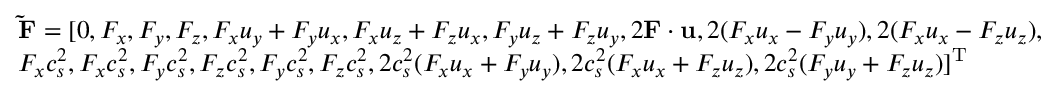
\begin{array} { l } { { \bf { \tilde { F } } } = [ 0 , { F _ { x } } , { F _ { y } } , { F _ { z } } , \mathrm { } { F _ { x } } { u _ { y } } + { F _ { y } } { u _ { x } } , { F _ { x } } { u _ { z } } + { F _ { z } } { u _ { x } } , { F _ { y } } { u _ { z } } + { F _ { z } } { u _ { y } } , 2 { \bf { F } } \cdot { \bf { u } } , 2 ( { F _ { x } } { u _ { x } } - { F _ { y } } { u _ { y } } ) , 2 ( { F _ { x } } { u _ { x } } - { F _ { z } } { u _ { z } } ) , } \\ { { F _ { x } } c _ { s } ^ { 2 } , { F _ { x } } c _ { s } ^ { 2 } , { F _ { y } } c _ { s } ^ { 2 } , { F _ { z } } c _ { s } ^ { 2 } , { F _ { y } } c _ { s } ^ { 2 } , { F _ { z } } c _ { s } ^ { 2 } , 2 c _ { s } ^ { 2 } ( { F _ { x } } { u _ { x } } + { F _ { y } } { u _ { y } } ) , 2 c _ { s } ^ { 2 } ( { F _ { x } } { u _ { x } } + { F _ { z } } { u _ { z } } ) , 2 c _ { s } ^ { 2 } ( { F _ { y } } { u _ { y } } + { F _ { z } } { u _ { z } } ) { ] ^ { \mathrm { T } } } } \end{array}